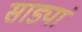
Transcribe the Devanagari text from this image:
साड्यां